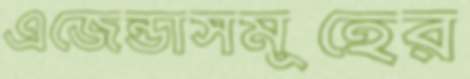
এজেন্ডাসমূহের